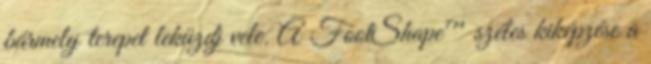
bármely terepet leküzdj vele. A FootShape™ széles kiképzése a